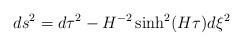
LaTeX: \begin{align*}ds^2 = d\tau^2 - H^{-2} \sinh^2(H\tau) d\xi^2\end{align*}